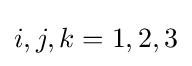
i,j,k=1,2,3